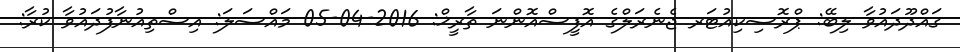
ގައްދޫދައުވާ ލިބޭ: ޕްރޮސިކިއުޓަރ ޖެނެރަލްގެ އޮފީސްއޮންނަ ތާރީޚް: 2016-04-05 މައްސަލަ: އިސްތިއުނާފުދައުވާ ކުރާ: